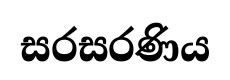
සරසරණිය